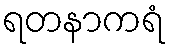
ရတနာကရံ